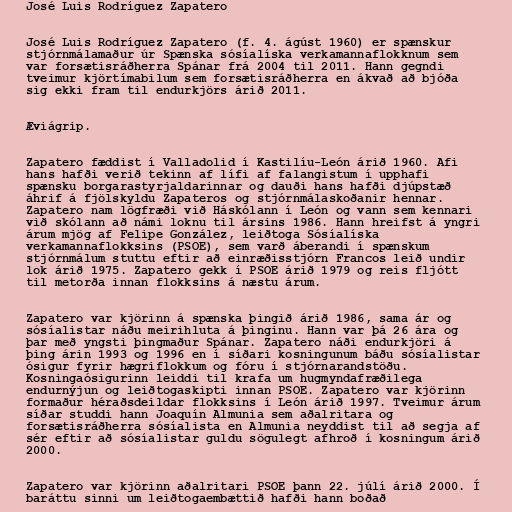
José Luis Rodríguez Zapatero

José Luis Rodríguez Zapatero (f. 4. ágúst 1960) er spænskur
stjórnmálamaður úr Spænska sósíalíska verkamannaflokknum sem
var forsætisráðherra Spánar frá 2004 til 2011. Hann gegndi
tveimur kjörtímabilum sem forsætisráðherra en ákvað að bjóða
sig ekki fram til endurkjörs árið 2011.

Æviágrip.

Zapatero fæddist í Valladolid í Kastilíu-León árið 1960. Afi
hans hafði verið tekinn af lífi af falangistum í upphafi
spænsku borgarastyrjaldarinnar og dauði hans hafði djúpstæð
áhrif á fjölskyldu Zapateros og stjórnmálaskoðanir hennar.
Zapatero nam lögfræði við Háskólann í León og vann sem kennari
við skólann að námi loknu til ársins 1986. Hann hreifst á yngri
árum mjög af Felipe González, leiðtoga Sósíalíska
verkamannaflokksins (PSOE), sem varð áberandi í spænskum
stjórnmálum stuttu eftir að einræðisstjórn Francos leið undir
lok árið 1975. Zapatero gekk í PSOE árið 1979 og reis fljótt
til metorða innan flokksins á næstu árum.

Zapatero var kjörinn á spænska þingið árið 1986, sama ár og
sósíalistar náðu meirihluta á þinginu. Hann var þá 26 ára og
þar með yngsti þingmaður Spánar. Zapatero náði endurkjöri á
þing árin 1993 og 1996 en í síðari kosningunum báðu sósíalistar
ósigur fyrir hægriflokkum og fóru í stjórnarandstöðu.
Kosningaósigurinn leiddi til krafa um hugmyndafræðilega
endurnýjun og leiðtogaskipti innan PSOE. Zapatero var kjörinn
formaður héraðsdeildar flokksins í León árið 1997. Tveimur árum
síðar studdi hann Joaquín Almunia sem aðalritara og
forsætisráðherra sósíalista en Almunia neyddist til að segja af
sér eftir að sósíalistar guldu sögulegt afhroð í kosningum árið
2000.

Zapatero var kjörinn aðalritari PSOE þann 22. júlí árið 2000. Í
baráttu sinni um leiðtogaembættið hafði hann boðað